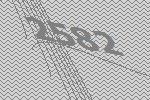
2582